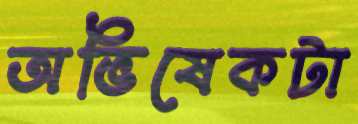
অভিষেকটা